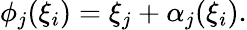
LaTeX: \phi_{j}(\xi_{i})=\xi_{j}+\alpha_{j}(\xi_{i}).